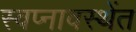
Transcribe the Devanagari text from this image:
स्वप्नावस्थेंत